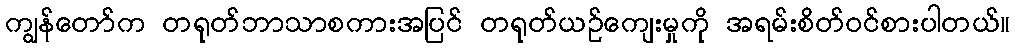
ကျွန်တော်က တရုတ်ဘာသာစကားအပြင် တရုတ်ယဉ်ကျေးမှုကို အရမ်းစိတ်ဝင်စားပါတယ်။